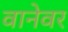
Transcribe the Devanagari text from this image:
वानेवर